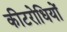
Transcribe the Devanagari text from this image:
कीटरोधियों